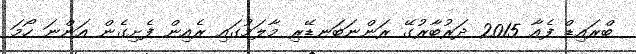
ބްރައިޑް ފެއާ 2015 ދަރުބާރުގޭ ރަންނަބަނޑޭރި މާލަމުގައި ރެއިން ފެށިގެން އަންނަ ހޯމަ